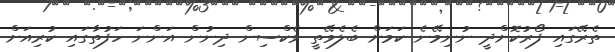
ތެރޭގައި ފޯރުކޮށްދީ ނުނިމޭނެ ކަމަށް ބެލެވޭތީ ވެކްސިން ދިނުން އަންނަ ހަފުތާގައި ކުރިއަށް